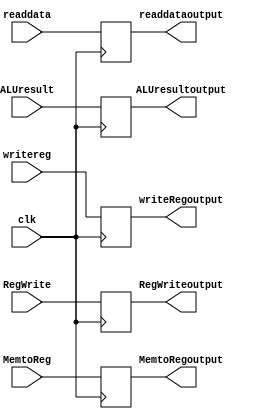
module Mem_Wb_Reg (RegWrite, MemtoReg,ALUresult,clk,readdata,writereg,RegWriteoutput,MemtoRegoutput,readdataoutput,ALUresultoutput,writeRegoutput);
  
/* This module is used for modelling the register present between MEM and WB stages of the pipelined processor, whose purpose is to store the values required for 
   the WB stage */  
  
input clk;
input RegWrite, MemtoReg;
input [4:0] writereg;
input [31:0] ALUresult, readdata;
output reg RegWriteoutput, MemtoRegoutput;
output reg [31:0] readdataoutput,ALUresultoutput;
output reg [4:0] writeRegoutput;

always@(posedge clk)
begin
  RegWriteoutput<=RegWrite;
  MemtoRegoutput<=MemtoReg;
  readdataoutput<=readdata;
  ALUresultoutput<=ALUresult;
  writeRegoutput<=writereg;
end
  
  
endmodule